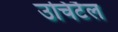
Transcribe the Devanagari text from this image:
उचिटैल